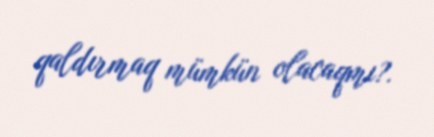
qaldırmaq mümkün olacaqmı?.